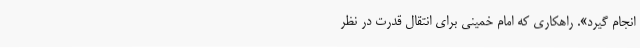
انجام‌ گیرد». راهکاری‌ که‌ امام‌ خمینی‌ برای‌ انتقال‌ قدرت‌ در نظر